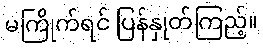
မကြိုက်ရင် ပြန်နှုတ်ကြည့်။